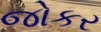
જોકર